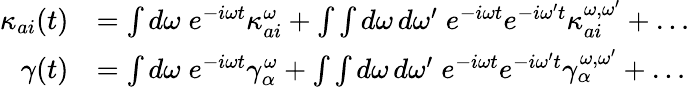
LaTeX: \begin{array}{rl}{\kappa_{ai}(t)}&{=\int d\omega\; e^{-i\omega t}\kappa_{ai}^{\omega}+\int\int d\omega\, d\omega^{\prime}\; e^{-i\omega t}e^{-i\omega^{\prime}t}\kappa_{ai}^{\omega,\omega^{\prime}}+\dots}\\ {\gamma(t)}&{=\int d\omega\; e^{-i\omega t}\gamma_{\alpha}^{\omega}+\int\int d\omega\, d\omega^{\prime}\; e^{-i\omega t}e^{-i\omega^{\prime}t}\gamma_{\alpha}^{\omega,\omega^{\prime}}+\dots}\end{array}